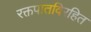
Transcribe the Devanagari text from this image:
रक्तपातविरहित